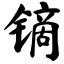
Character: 镝